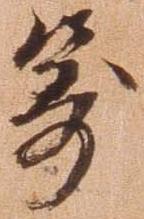
籌